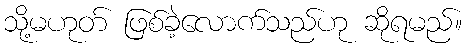
သို့မဟုတ် ဖြစ်ခဲ့လောက်သည်ဟု ဆိုရမည်။